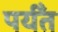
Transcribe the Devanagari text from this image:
पर्यँत